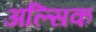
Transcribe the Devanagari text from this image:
अल्सिक